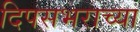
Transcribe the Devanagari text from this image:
दिपसभराच्या